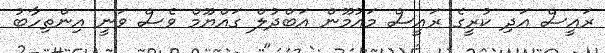
ރައީސް އަދި ކުރީގެ ރައީސް މައުމޫން އަބްދުލް ގައްޔޫމް ވެސް ވަނީ އިންތިހާބު